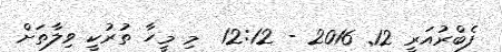
ފެބްރުއަރީ 12